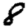
Digit: 8